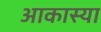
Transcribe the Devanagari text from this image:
आकास्या